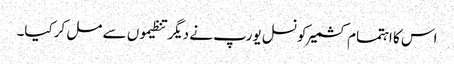
اس کا اہتمام کشمیرکونسل یورپ نے دیگر تنظیموں سے مل کرکیا۔